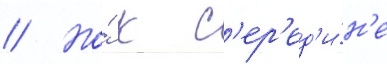
// Но́ к с'ер'ед'и́н'е